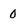
Character: 0